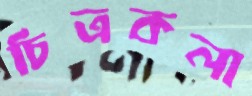
চিত্রকলা